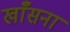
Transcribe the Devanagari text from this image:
खाँसना